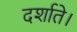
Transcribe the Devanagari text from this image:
दर्शाते।